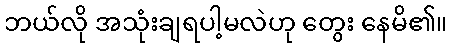
ဘယ်လို အသုံးချရပါ့မလဲဟု တွေး နေမိ၏။